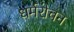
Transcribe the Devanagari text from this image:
धर्मरोचन